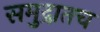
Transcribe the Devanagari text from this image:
समुद्रातच